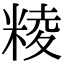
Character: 𥺙